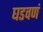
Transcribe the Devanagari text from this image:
घडवणं